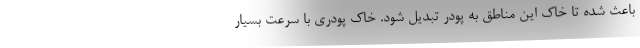
باعث شده تا خاک این مناطق به پودر تبدیل شود. خاک پودری با سرعت بسیار